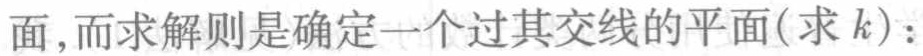
面,而求解则是确定一个过其交线的平面(求 \(k\)):